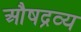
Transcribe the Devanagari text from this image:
औषद्रव्य